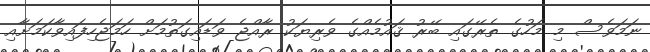
ނަމަވެސް މި މަހުގެ ތެރޭގައި ބޭރު ޤައުމެއްގެ ވެރިޔަކު ރާއްޖެ ވަޑައިގަތުމަށް ހަމަޖެހިފައިވާކަމަށާއި